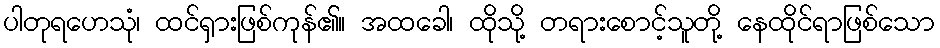
ပါတုရဟေသုံ၊ ထင်ရှားဖြစ်ကုန်၏။ အထခေါ၊ ထိုသို့ တရားစောင့်သူတို့ နေထိုင်ရာဖြစ်သော